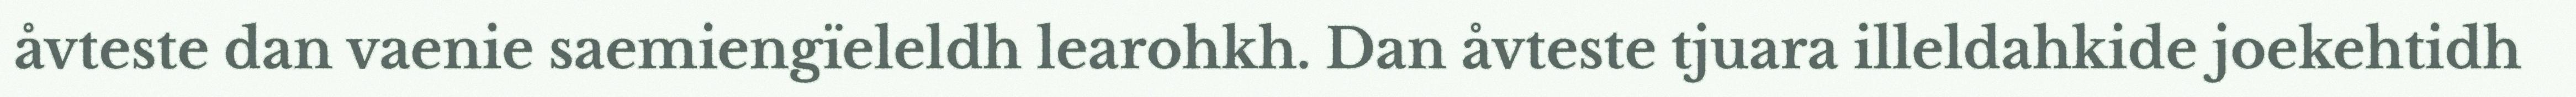
åvteste dan vaenie saemiengïeleldh learohkh. Dan åvteste tjuara illeldahkide joekehtidh